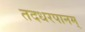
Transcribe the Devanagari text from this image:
तदधरपानम्